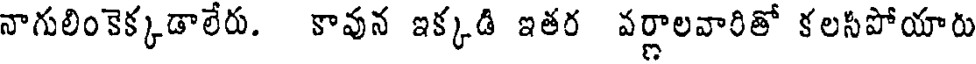
నాగులింకెక్కడాలేరు. కావున ఇక్కడి ఇతర వర్ణాలవారితో కలసీపోయారు